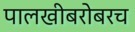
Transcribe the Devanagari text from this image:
पालखीबरोबरच